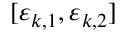
[ \boldsymbol { \varepsilon } _ { k , 1 } , \boldsymbol { \varepsilon } _ { k , 2 } ]